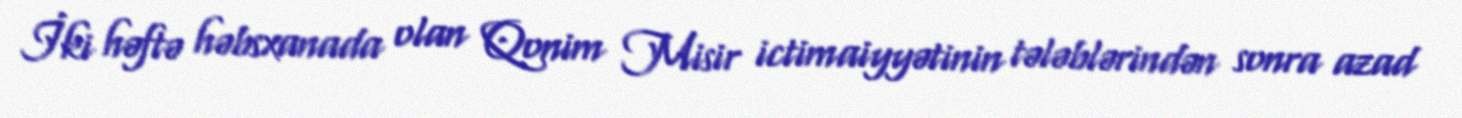
İki həftə həbsxanada olan Qonim Misir ictimaiyyətinin tələblərindən sonra azad